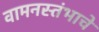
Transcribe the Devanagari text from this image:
वामनस्तंभाचे